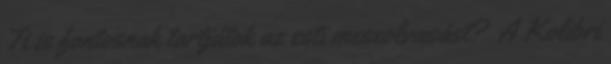
Ti is fontosnak tartjátok az esti meseolvasást? A Kolibri